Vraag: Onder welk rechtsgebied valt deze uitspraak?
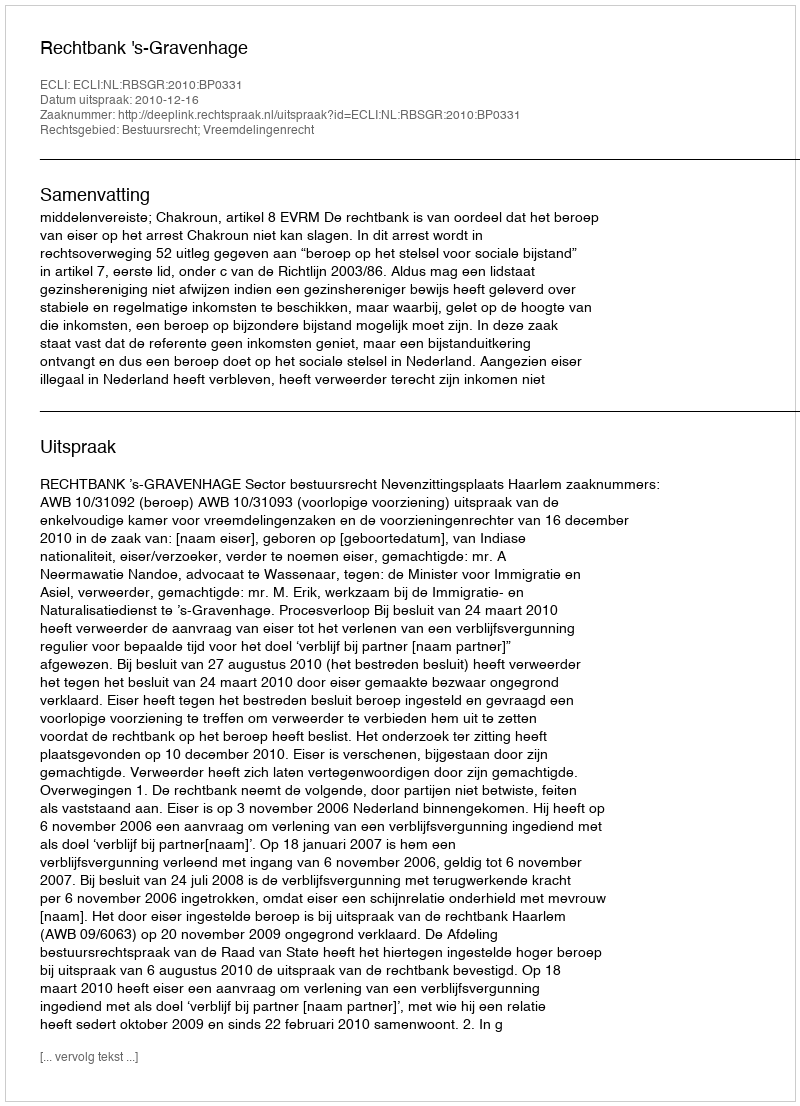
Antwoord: Bestuursrecht; Vreemdelingenrecht